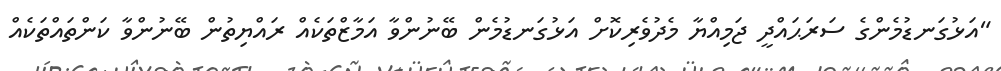
"އަޅުގަނޑުމެންގެ ސަރަޙައްދީ ޖަމިއްޔާ މެދުވެރިކޮށް އަޅުގަނޑުމެން ބޭނުންވާ އަމާޒްތަކެއް ރައްޔިތުން ބޭނުންވާ ކަންތައްތަކެއް